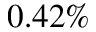
0 . 4 2 \%